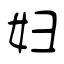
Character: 妇